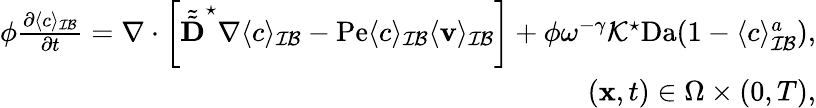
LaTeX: \begin{array}{r}{\phi\frac{\partial\langle c\rangle_{\mathcal{IB}}}{\partial t}=\nabla\cdot\left[\tilde{\tilde{\textbf{D}}}^{\star}\nabla\langle c\rangle_{\mathcal{IB}}-\mathrm{Pe}\langle c\rangle_{\mathcal{IB}}\langle\mathbf v\rangle_{\mathcal{IB}}\right]+\phi\omega^{-\gamma}\mathcal{K}^{\star}\mathrm{Da}(1-\langle c\rangle_{\mathcal{IB}}^{a}),}\\ {(\mathbf x,t)\in\Omega\times(0,T),}\end{array}